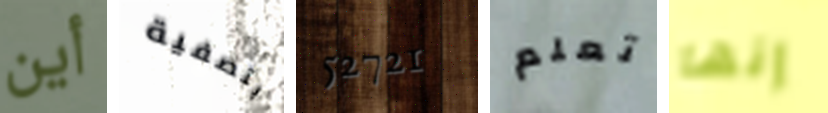
أين بتصفية 52721 تعلم إنها